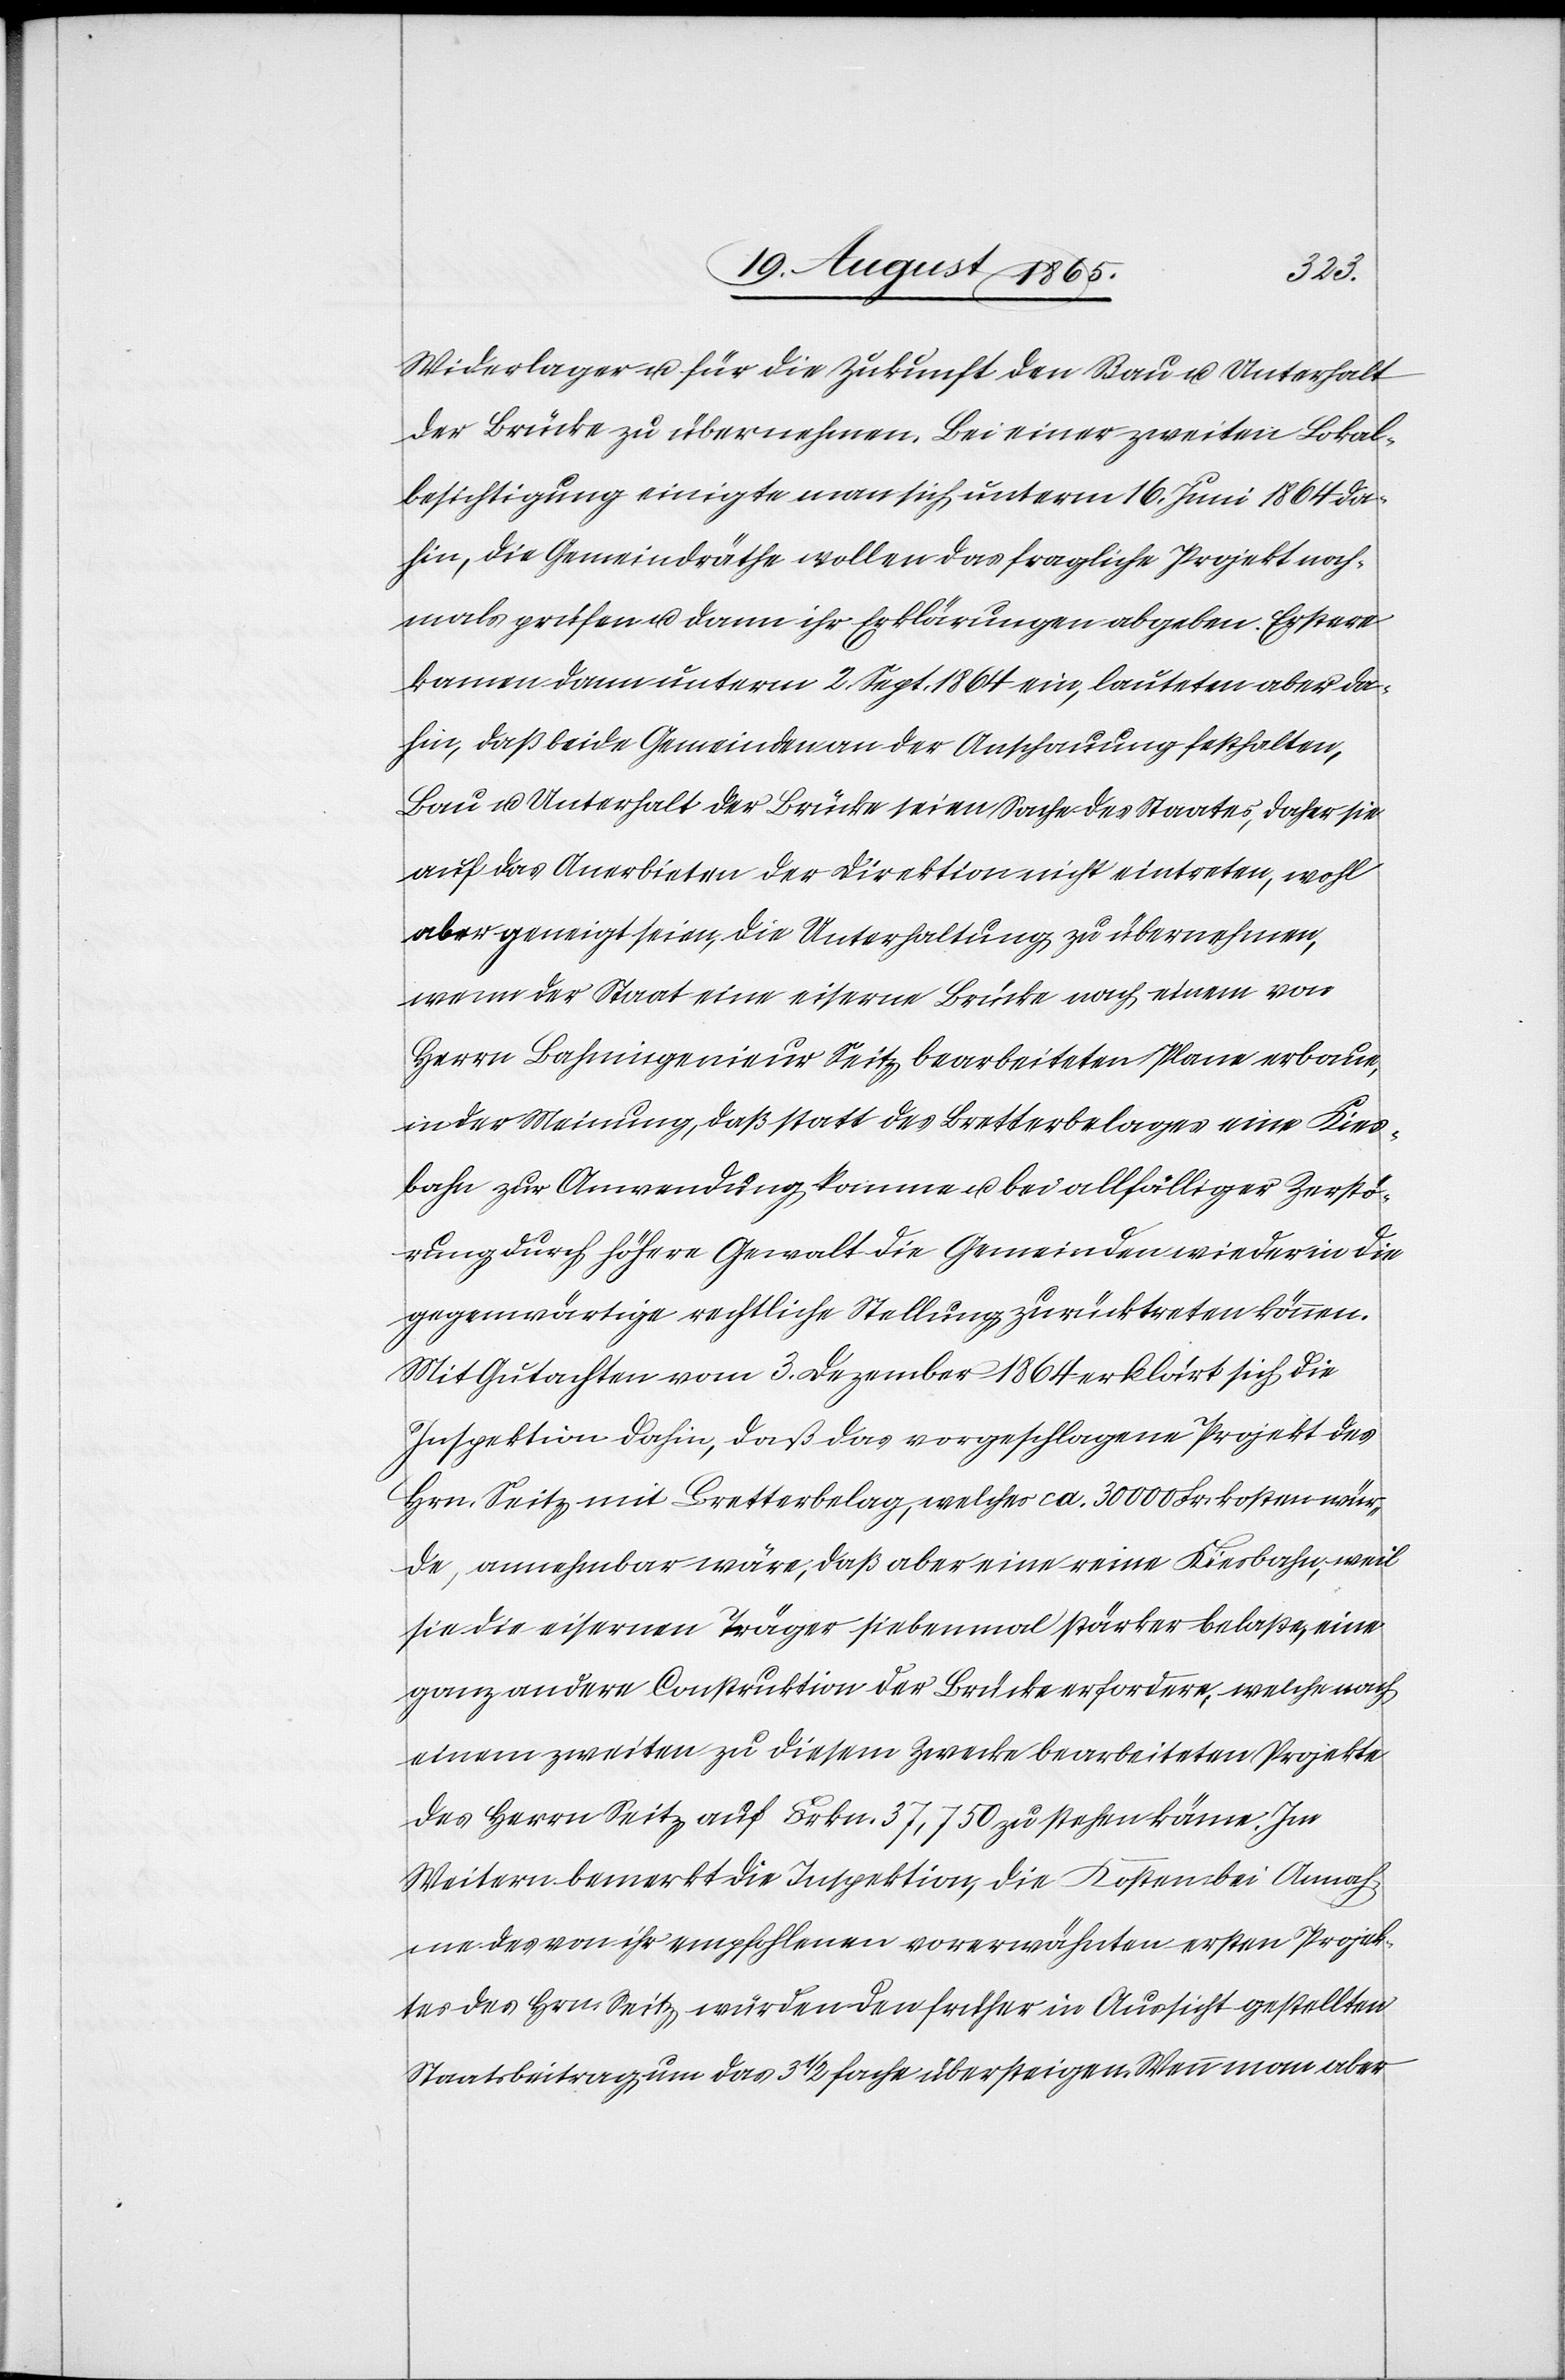
Widerlager u. für die Zukunft den Bau u. Unterhalt
der Brücke zu übernehmen. Bei einer zweiten Lokal¬
besichtigung einigte man sich unterm 16. Juni 1864 da¬
hin, die Gemeindräthe wollen das fragliche Projekt noch¬
mals prüfen u. dann ihr[e] Erklärungen abgeben. Erstere
kamen dann unterm 2. Sept. 1864 ein, lauteten aber da¬
hin, daß beide Gemeinden an der Anschauung festhalten,
Bau u. Unterhalt der Brücke seien Sache des Staates, daher sie
auf das Anerbieten der Direktion nicht eintreten, wohl
aber geneigt seien, die Unterhaltung zu übernehmen,
wenn der Staat eine eiserne Brücke nach einem von
Herrn Bahningenieur Seitz bearbeiteten Plane erbaue,
in der Meinung, daß statt des Bretterbelages eine Kies¬
bahn zur Anwendung komme u. bei allfälliger Zerstö¬
rung durch höhere Gewalt die Gemeinden wieder in die
gegenwärtige rechtliche Stellung zurücktreten können.
Mit Gutachten vom 3. Dezember 1864 erklärt sich die
Inspektion dahin, daß das vorgeschlagene Projekt des
Hrn. Seitz mit Bretterbelag, welches ca. 30 000 Fr. kosten wür¬
de, annehmbar wäre, daß aber eine reine Kiesbahn, weil
sie die eisernen Träger siebenmal stärker belaste, eine
ganz andere Construktion der Brücke erfordere, welche nach
einem zweiten zu diesem Zwecke bearbeiteten Projekte
des Herrn Seitz auf Frkn. 37,750 zu stehen käme. Im
Weitern bemerkt die Inspektion, die Kosten bei Annah¬
me des von ihr empfohlenen vorerwähnten ersten Projek¬
tes des Hrn. Seitz würden den früher in Aussicht gestellten
Staatsbeitrag um das 3 1/2 fache übersteigen. Wenn man aber